Report of the Bombay Plague Committee
Disease focus: Plague
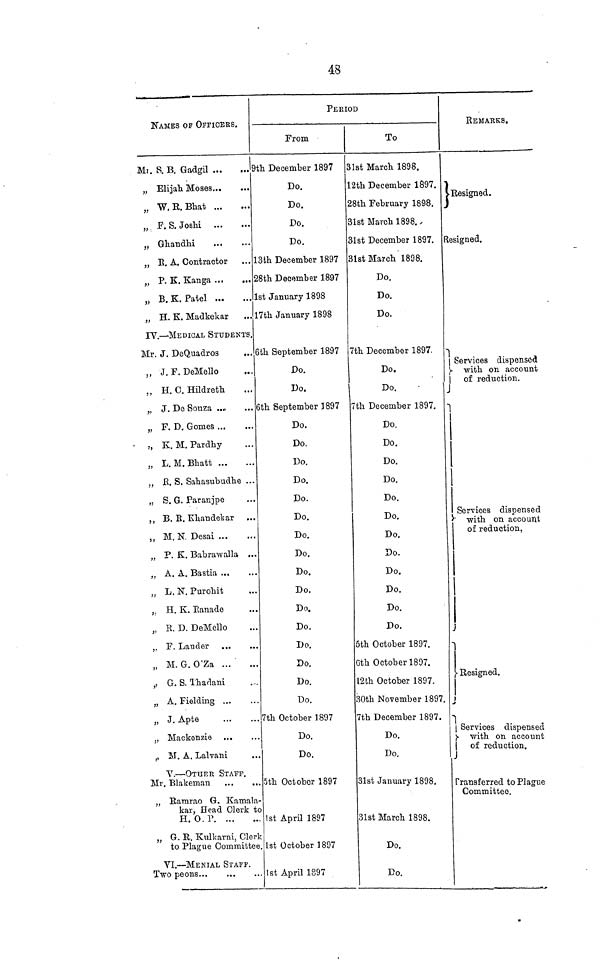
48
NAMES OF OFFICERS.
Mi. S. B. Gadgil
9
„ Elijah Moses
„ "W. R. Bhat ...
„ F.S.Joshi
„ Ghandhi
„ B. A. Contractor
„ P. K. Kanga
„ B. K. Patel
„ H. K. Madkekar
IV.— MEDICAL STUDENTS.
Mr. J. DeQuadros
„ J.F. DeMello
,, H. C. Hildreth
„ J. De Souza ..„
„ F. D. Gomes ...
., K. M. Pardhy
„ L. M.Bhatt
„ B. S. Sahasubudhe ...
„ S. G. Paranjpe
,, B. B. Khandekar
,, M. N, Desai
„ P. K. Babrawalla ...
„ A. A. Bastia ...
„ L. N. Purohit
,. H. K. Banade
„ B. D. DeMello
,. F. Lander ...
„ M. G. O'Za
,, G. S. Thadani
„ A. Fielding ...
„ J. Apte
„ Mackenzie ...
,, M. A. Lalvani
V. — OTHER STAFF.
Mr. Blakeman
„ Bamrao G. Kamala-
kar, Head Clerk to
H. 0. P. ...
„ G. B. Kulkarni, Clerk
to Plague Committee
VI. — MENIAL STAFF.
Two peons...
PERIOD
From
)th December 1897
Do.
Do.
Do.
Do.
L3th December 1897
28th December 1897
1st January 1898
17th January 1898
3th September 1897
Do.
Do.
5th September 1897
Do.
Do.
Do.
Do.
Do.
Do.
Do.
Do.
Do.
Do.
Do.
Do.
Do.
Do.
Do.
Do.
7th October 1897
Do.
Do.
5th October 1897
1st April 1897
1st October 1897
1st April 1897
To
31st March 1898.
12th December 1897.
28th February 1898.
31st March 1898.
31st December 1897.
31st March 1898.
Do.
Do.
Do.
7th December 1897.
Do.
Do.
7th December 1897.
Do.
Do.
Do.
Do.
Do.
Do.
Do.
Do.
Do.
Do.
Do.
Do.
6th October 1897.
6th October 1897.
I2th October 1897.
30th November 1897.
7th December 1897.
Do.
Do.
31st January 1898.
31st March 1898.
Do.
Do.
REMARKS.
Resigned.
Resigned.
Services dispensed
with on account
| of reduction.
J
1
j
Services dispensed
with on account
of reduction,
1
Resigned.
Services dispensed
with on account
of reduction.
Transferred to Plague
Committee.